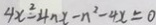
4 x ^ { 2 } - 4 n x - n ^ { 2 } - 4 x = 0